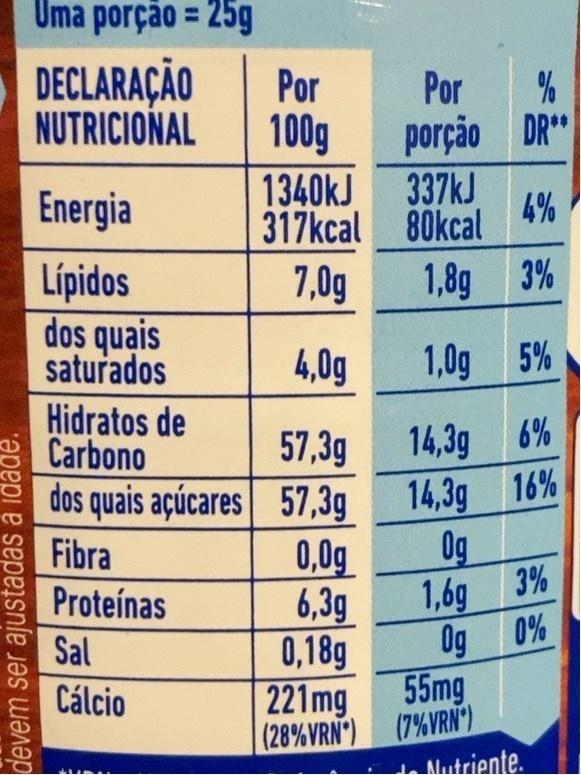
Uma porção = 25g
%3D
DECLARAÇÃO NUTRICIONAL
Por 100g
Por
porção DR"
Energia
1340kJ
337KJ
4%
317kcal 80kcal
Lípidos dos quais saturados
7,0g
1,8g 3%
4,0g
1,0g 5%
Hidratos de Carbono
57,3g dos quais açúcares 57,3g
14,3g 6% 14,3g 16% 0g
Fibra
0,0g
Proteínas
6,3g
1,6g 3%
Sal
Og 0%
0,18g 55mg
Cálcio
221mg
(28% VRN) (7%VRN )
Mutriente.
devem ser ajustadas à idáde.